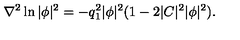
\nabla ^ { 2 } \ln | \phi | ^ { 2 } = - q _ { 1 } ^ { 2 } | \phi | ^ { 2 } ( 1 - 2 | C | ^ { 2 } | \phi | ^ { 2 } ) .